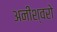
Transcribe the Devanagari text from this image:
अनीश्वरो